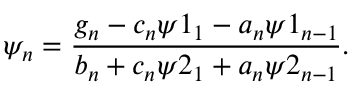
\psi _ { n } = \frac { g _ { n } - c _ { n } \psi 1 _ { 1 } - a _ { n } \psi 1 _ { n - 1 } } { b _ { n } + c _ { n } \psi 2 _ { 1 } + a _ { n } \psi 2 _ { n - 1 } } .